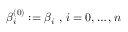
\beta _ { i } ^ { ( 0 ) } : = \beta _ { i } { \mathrm { ~ , ~ } } i = 0 , \ldots , n